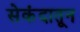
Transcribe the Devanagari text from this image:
सेकंदातून